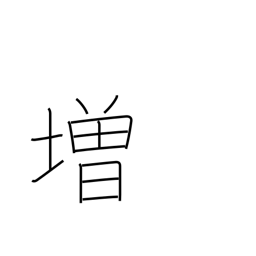
Meaning: promote